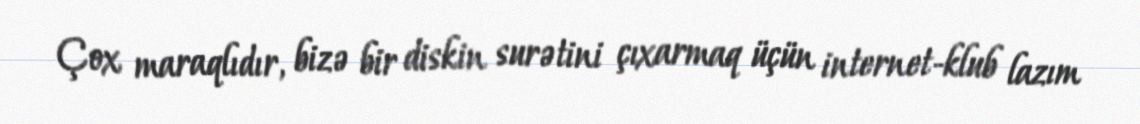
Çox maraqlıdır, bizə bir diskin surətini çıxarmaq üçün internet-klub lazım